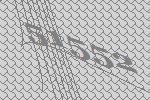
51552